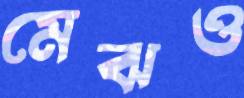
মেঝও